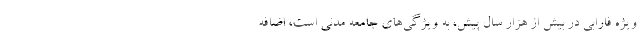
ویژه فارابی در بیش از هزار سال پیش، به ویژگی‌های جامعه مدنی است، اضافه